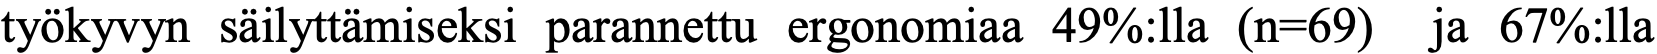
työkyvyn säilyttämiseksi parannettu ergonomiaa 49%:lla (n=69) ja 67%:lla